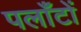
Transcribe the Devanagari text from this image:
पलाँटों